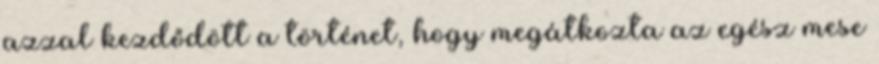
azzal kezdődött a történet, hogy megátkozta az egész mese